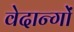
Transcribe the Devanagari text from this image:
वेदान्गों